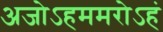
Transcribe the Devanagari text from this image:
अजोऽहममरोऽहं